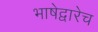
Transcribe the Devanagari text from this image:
भाषेद्वारेच